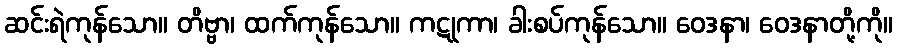
ဆင်းရဲကုန်သော။ တိဗ္ဗာ၊ ထက်ကုန်သော။ ကဋုကာ၊ ခါးစပ်ကုန်သော။ ဝေဒနာ၊ ဝေဒနာတို့ကို။